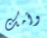
وأمك